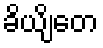
ခိယျိတေ